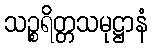
သဉ္စရိတ္တသမုဋ္ဌာနံ